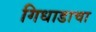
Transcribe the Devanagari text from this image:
गिधाडाचा